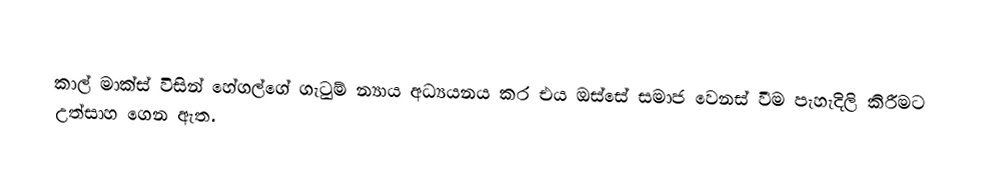
කාල් මාක්ස් විසින් හේගල්ගේ ගැටුම් න්‍යාය අධ්‍යයනය කර එය ඔස්සේ සමාජ වෙනස් වීම පැහැදිලි කිරීමට උත්සාහ ගෙන ඇත.